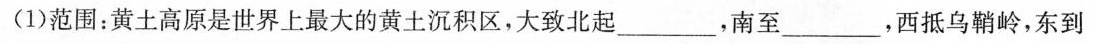
(1)范围：黄土高原是世界上最大的黄土沉积区，大致北起\underline，南至\underline，西抵乌鞘岭，东到